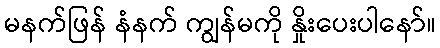
မနက်ဖြန် နံနက် ကျွန်မကို နှိုးပေးပါနော်။